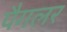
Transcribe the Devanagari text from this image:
पैगलर